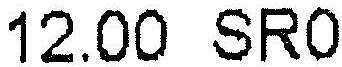
12.00 SR0